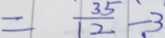
= \frac { 3 5 } { 1 2 } - 3